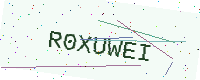
Text: R0XUWEI